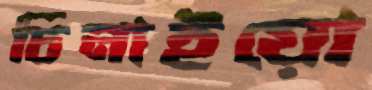
চিনাইয়ো